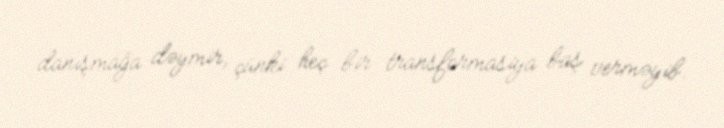
danışmağa dəymir, çünki heç bir transformasiya baş verməyib.